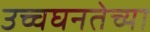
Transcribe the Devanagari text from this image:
उच्चघनतेच्या